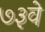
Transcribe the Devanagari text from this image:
७३वे